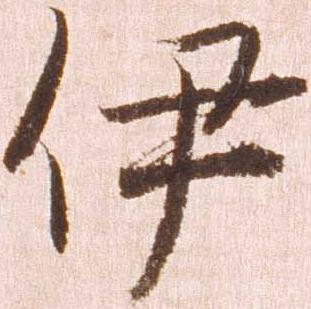
伊